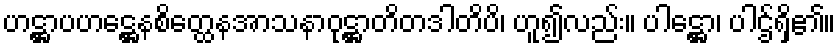
ဟဋ္ဌာပဟဋ္ဌေနစိတ္ထေနအာသနာဝုဋ္ဌာတိတဒါတိပိ၊ ဟူ၍လည်း။ ပါဋ္ဌော၊ ပါဌ်ရှိ၏။